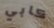
كابي